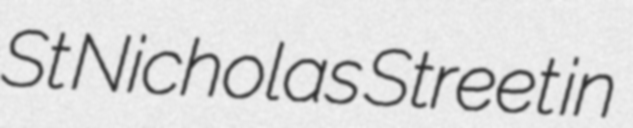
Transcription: St Nicholas Street in